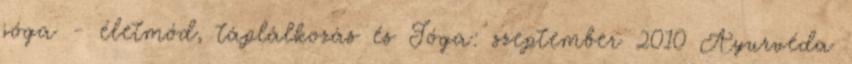
jóga - életmód, táplálkozás és Jóga: szeptember 2010 Ayurvéda